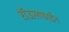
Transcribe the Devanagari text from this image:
रॉऊलफाईन